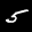
Label: 5